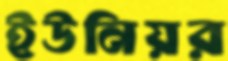
ইউনিয়র